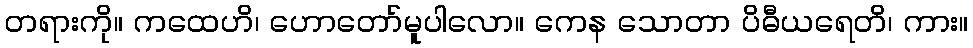
တရားကို။ ကထေဟိ၊ ဟောတော်မူပါလော။ ကေန သောတာ ပိဓီယရေတိ၊ ကား။